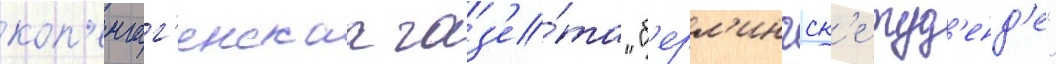
коп'енгаг'енскаа газ'е́та "б'ерл'ингск'е туд'енд'е"